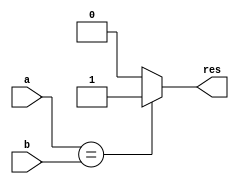
`timescale 1ns / 1ps
//////////////////////////////////////////////////////////////////////////////////
// Company: 
// Engineer: 
// 
// Design Name: 
// Module Name: compare
// Project Name: 
// Target Devices: 
// Tool Versions: 
// Description: 
// 
// Dependencies: 
// 
// Revision:
// Revision 0.01 - File Created
// Additional Comments:
// 
//////////////////////////////////////////////////////////////////////////////////


module compare(a, b, res); //1 0
    parameter WIDTH = 8;
    input [WIDTH-1:0] a, b;
    output reg res;   
    always @(a, b) begin
        if(a == b)
            res = 1;
        else
            res = 0;
    end
   // res = 0;

endmodule